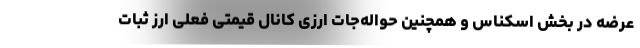
عرضه در بخش اسکناس و همچنین حواله‌جات ارزی کانال قیمتی فعلی ارز ثبات